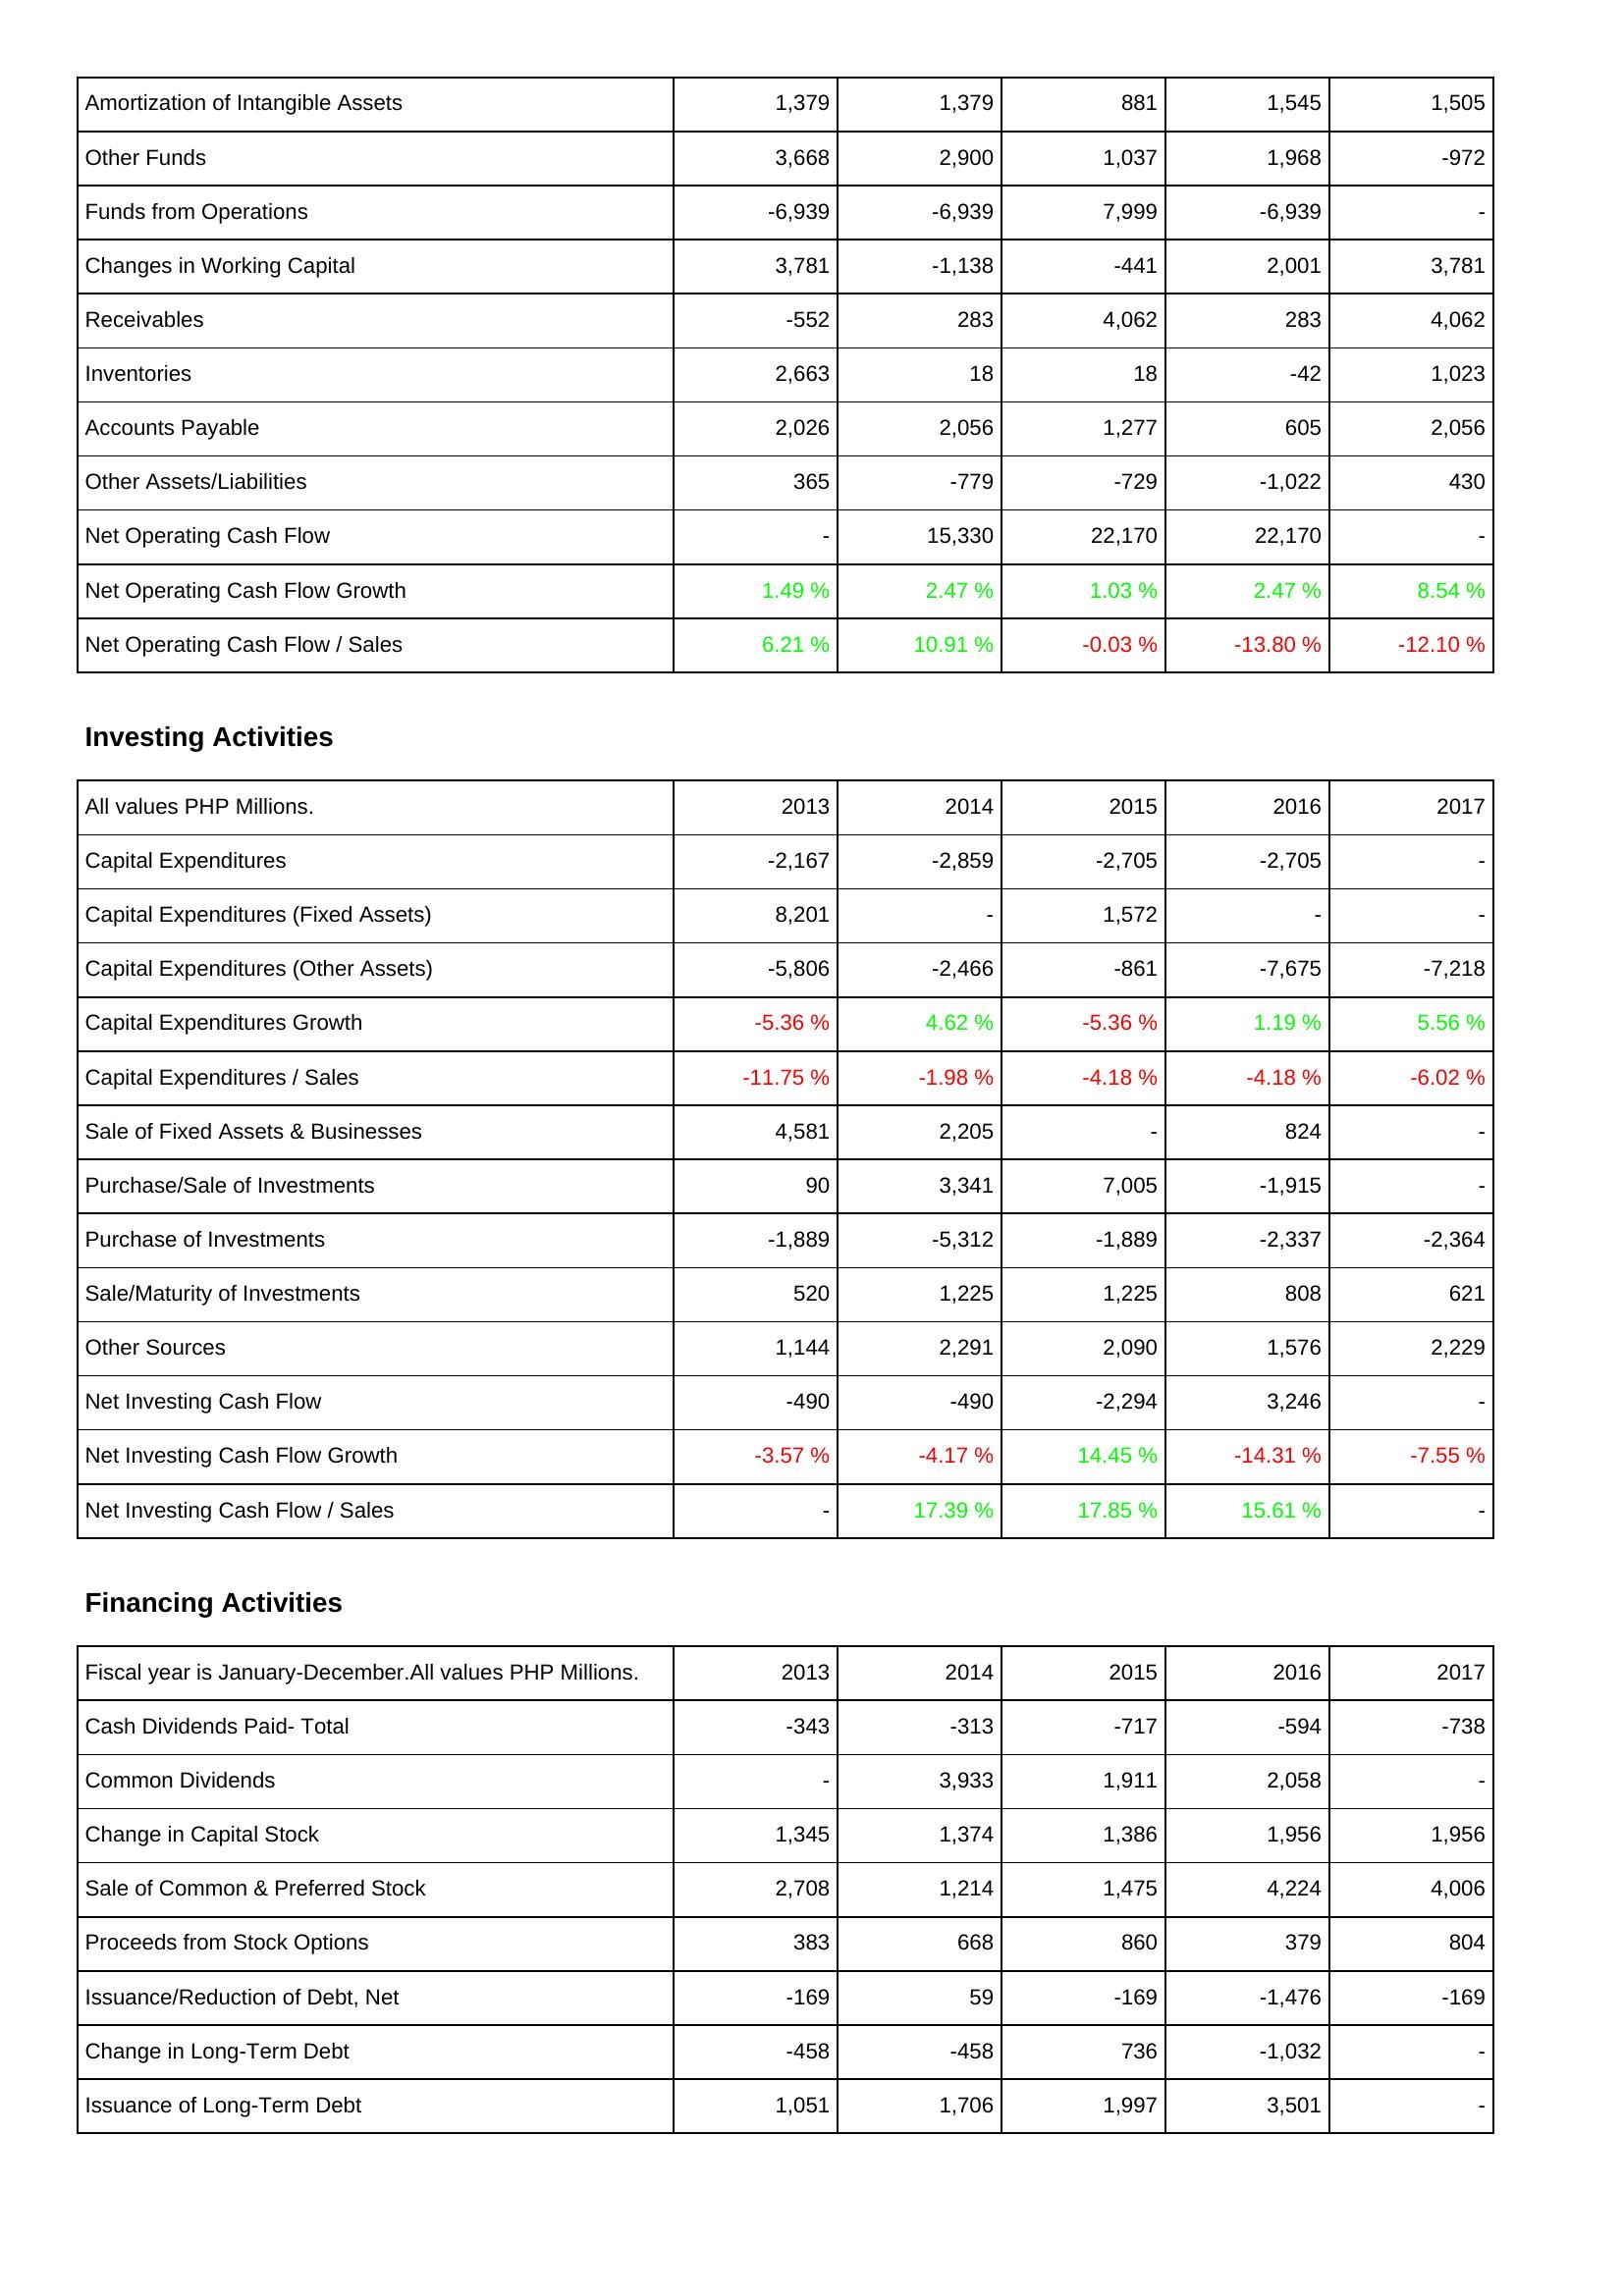
2013: Operating Activities: Amortization of Intangible Assets: 1,379
Other Funds: 3,668
Funds from Operations: -6,939
Changes in Working Capital: 3,781
Receivables: -552
Inventories: 2,663
Accounts Payable: 2,026
Other Assets/Liabilities: 365
Net Operating Cash Flow: -
Net Operating Cash Flow Growth: 1.49 %
Net Operating Cash Flow / Sales: 6.21 %
Investing Activities: Capital Expenditures: -2,167
Capital Expenditures (Fixed Assets): 8,201
Capital Expenditures (Other Assets): -5,806
Capital Expenditures Growth: -5.36 %
Capital Expenditures / Sales: -11.75 %
Sale of Fixed Assets & Businesses: 4,581
Purchase/Sale of Investments: 90
Purchase of Investments: -1,889
Sale/Maturity of Investments: 520
Other Sources: 1,144
Net Investing Cash Flow: -490
Net Investing Cash Flow Growth: -3.57 %
Net Investing Cash Flow / Sales: -
Financing Activities: Cash Dividends Paid- Total: -343
Common Dividends: -
Change in Capital Stock: 1,345
Sale of Common & Preferred Stock: 2,708
Proceeds from Stock Options: 383
Issuance/Reduction of Debt, Net: -169
Change in Long-Term Debt: -458
Issuance of Long-Term Debt: 1,051
2014: Operating Activities: Amortization of Intangible Assets: 1,379
Other Funds: 2,900
Funds from Operations: -6,939
Changes in Working Capital: -1,138
Receivables: 283
Inventories: 18
Accounts Payable: 2,056
Other Assets/Liabilities: -779
Net Operating Cash Flow: 15,330
Net Operating Cash Flow Growth: 2.47 %
Net Operating Cash Flow / Sales: 10.91 %
Investing Activities: Capital Expenditures: -2,859
Capital Expenditures (Fixed Assets): -
Capital Expenditures (Other Assets): -2,466
Capital Expenditures Growth: 4.62 %
Capital Expenditures / Sales: -1.98 %
Sale of Fixed Assets & Businesses: 2,205
Purchase/Sale of Investments: 3,341
Purchase of Investments: -5,312
Sale/Maturity of Investments: 1,225
Other Sources: 2,291
Net Investing Cash Flow: -490
Net Investing Cash Flow Growth: -4.17 %
Net Investing Cash Flow / Sales: 17.39 %
Financing Activities: Cash Dividends Paid- Total: -313
Common Dividends: 3,933
Change in Capital Stock: 1,374
Sale of Common & Preferred Stock: 1,214
Proceeds from Stock Options: 668
Issuance/Reduction of Debt, Net: 59
Change in Long-Term Debt: -458
Issuance of Long-Term Debt: 1,706
2015: Operating Activities: Amortization of Intangible Assets: 881
Other Funds: 1,037
Funds from Operations: 7,999
Changes in Working Capital: -441
Receivables: 4,062
Inventories: 18
Accounts Payable: 1,277
Other Assets/Liabilities: -729
Net Operating Cash Flow: 22,170
Net Operating Cash Flow Growth: 1.03 %
Net Operating Cash Flow / Sales: -0.03 %
Investing Activities: Capital Expenditures: -2,705
Capital Expenditures (Fixed Assets): 1,572
Capital Expenditures (Other Assets): -861
Capital Expenditures Growth: -5.36 %
Capital Expenditures / Sales: -4.18 %
Sale of Fixed Assets & Businesses: -
Purchase/Sale of Investments: 7,005
Purchase of Investments: -1,889
Sale/Maturity of Investments: 1,225
Other Sources: 2,090
Net Investing Cash Flow: -2,294
Net Investing Cash Flow Growth: 14.45 %
Net Investing Cash Flow / Sales: 17.85 %
Financing Activities: Cash Dividends Paid- Total: -717
Common Dividends: 1,911
Change in Capital Stock: 1,386
Sale of Common & Preferred Stock: 1,475
Proceeds from Stock Options: 860
Issuance/Reduction of Debt, Net: -169
Change in Long-Term Debt: 736
Issuance of Long-Term Debt: 1,997
2016: Operating Activities: Amortization of Intangible Assets: 1,545
Other Funds: 1,968
Funds from Operations: -6,939
Changes in Working Capital: 2,001
Receivables: 283
Inventories: -42
Accounts Payable: 605
Other Assets/Liabilities: -1,022
Net Operating Cash Flow: 22,170
Net Operating Cash Flow Growth: 2.47 %
Net Operating Cash Flow / Sales: -13.80 %
Investing Activities: Capital Expenditures: -2,705
Capital Expenditures (Fixed Assets): -
Capital Expenditures (Other Assets): -7,675
Capital Expenditures Growth: 1.19 %
Capital Expenditures / Sales: -4.18 %
Sale of Fixed Assets & Businesses: 824
Purchase/Sale of Investments: -1,915
Purchase of Investments: -2,337
Sale/Maturity of Investments: 808
Other Sources: 1,576
Net Investing Cash Flow: 3,246
Net Investing Cash Flow Growth: -14.31 %
Net Investing Cash Flow / Sales: 15.61 %
Financing Activities: Cash Dividends Paid- Total: -594
Common Dividends: 2,058
Change in Capital Stock: 1,956
Sale of Common & Preferred Stock: 4,224
Proceeds from Stock Options: 379
Issuance/Reduction of Debt, Net: -1,476
Change in Long-Term Debt: -1,032
Issuance of Long-Term Debt: 3,501
2017: Operating Activities: Amortization of Intangible Assets: 1,505
Other Funds: -972
Funds from Operations: -
Changes in Working Capital: 3,781
Receivables: 4,062
Inventories: 1,023
Accounts Payable: 2,056
Other Assets/Liabilities: 430
Net Operating Cash Flow: -
Net Operating Cash Flow Growth: 8.54 %
Net Operating Cash Flow / Sales: -12.10 %
Investing Activities: Capital Expenditures: -
Capital Expenditures (Fixed Assets): -
Capital Expenditures (Other Assets): -7,218
Capital Expenditures Growth: 5.56 %
Capital Expenditures / Sales: -6.02 %
Sale of Fixed Assets & Businesses: -
Purchase/Sale of Investments: -
Purchase of Investments: -2,364
Sale/Maturity of Investments: 621
Other Sources: 2,229
Net Investing Cash Flow: -
Net Investing Cash Flow Growth: -7.55 %
Net Investing Cash Flow / Sales: -
Financing Activities: Cash Dividends Paid- Total: -738
Common Dividends: -
Change in Capital Stock: 1,956
Sale of Common & Preferred Stock: 4,006
Proceeds from Stock Options: 804
Issuance/Reduction of Debt, Net: -169
Change in Long-Term Debt: -
Issuance of Long-Term Debt: -